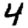
Digit: 4